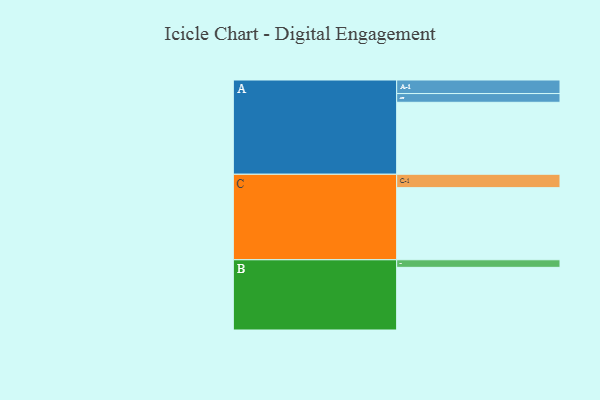
{"axis": {"x": "Segment", "y": "Value"}, "legend": ["", "A", "B", "C"], "data": [{"x": "A", "y": 494, "type": ""}, {"x": "B", "y": 430, "type": ""}, {"x": "C", "y": 495, "type": ""}, {"x": "A-1", "y": 93, "type": "A"}, {"x": "A-2", "y": 60, "type": "A"}, {"x": "B-1", "y": 52, "type": "B"}, {"x": "C-1", "y": 92, "type": "C"}]}